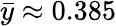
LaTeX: \bar{y}\approx 0.385